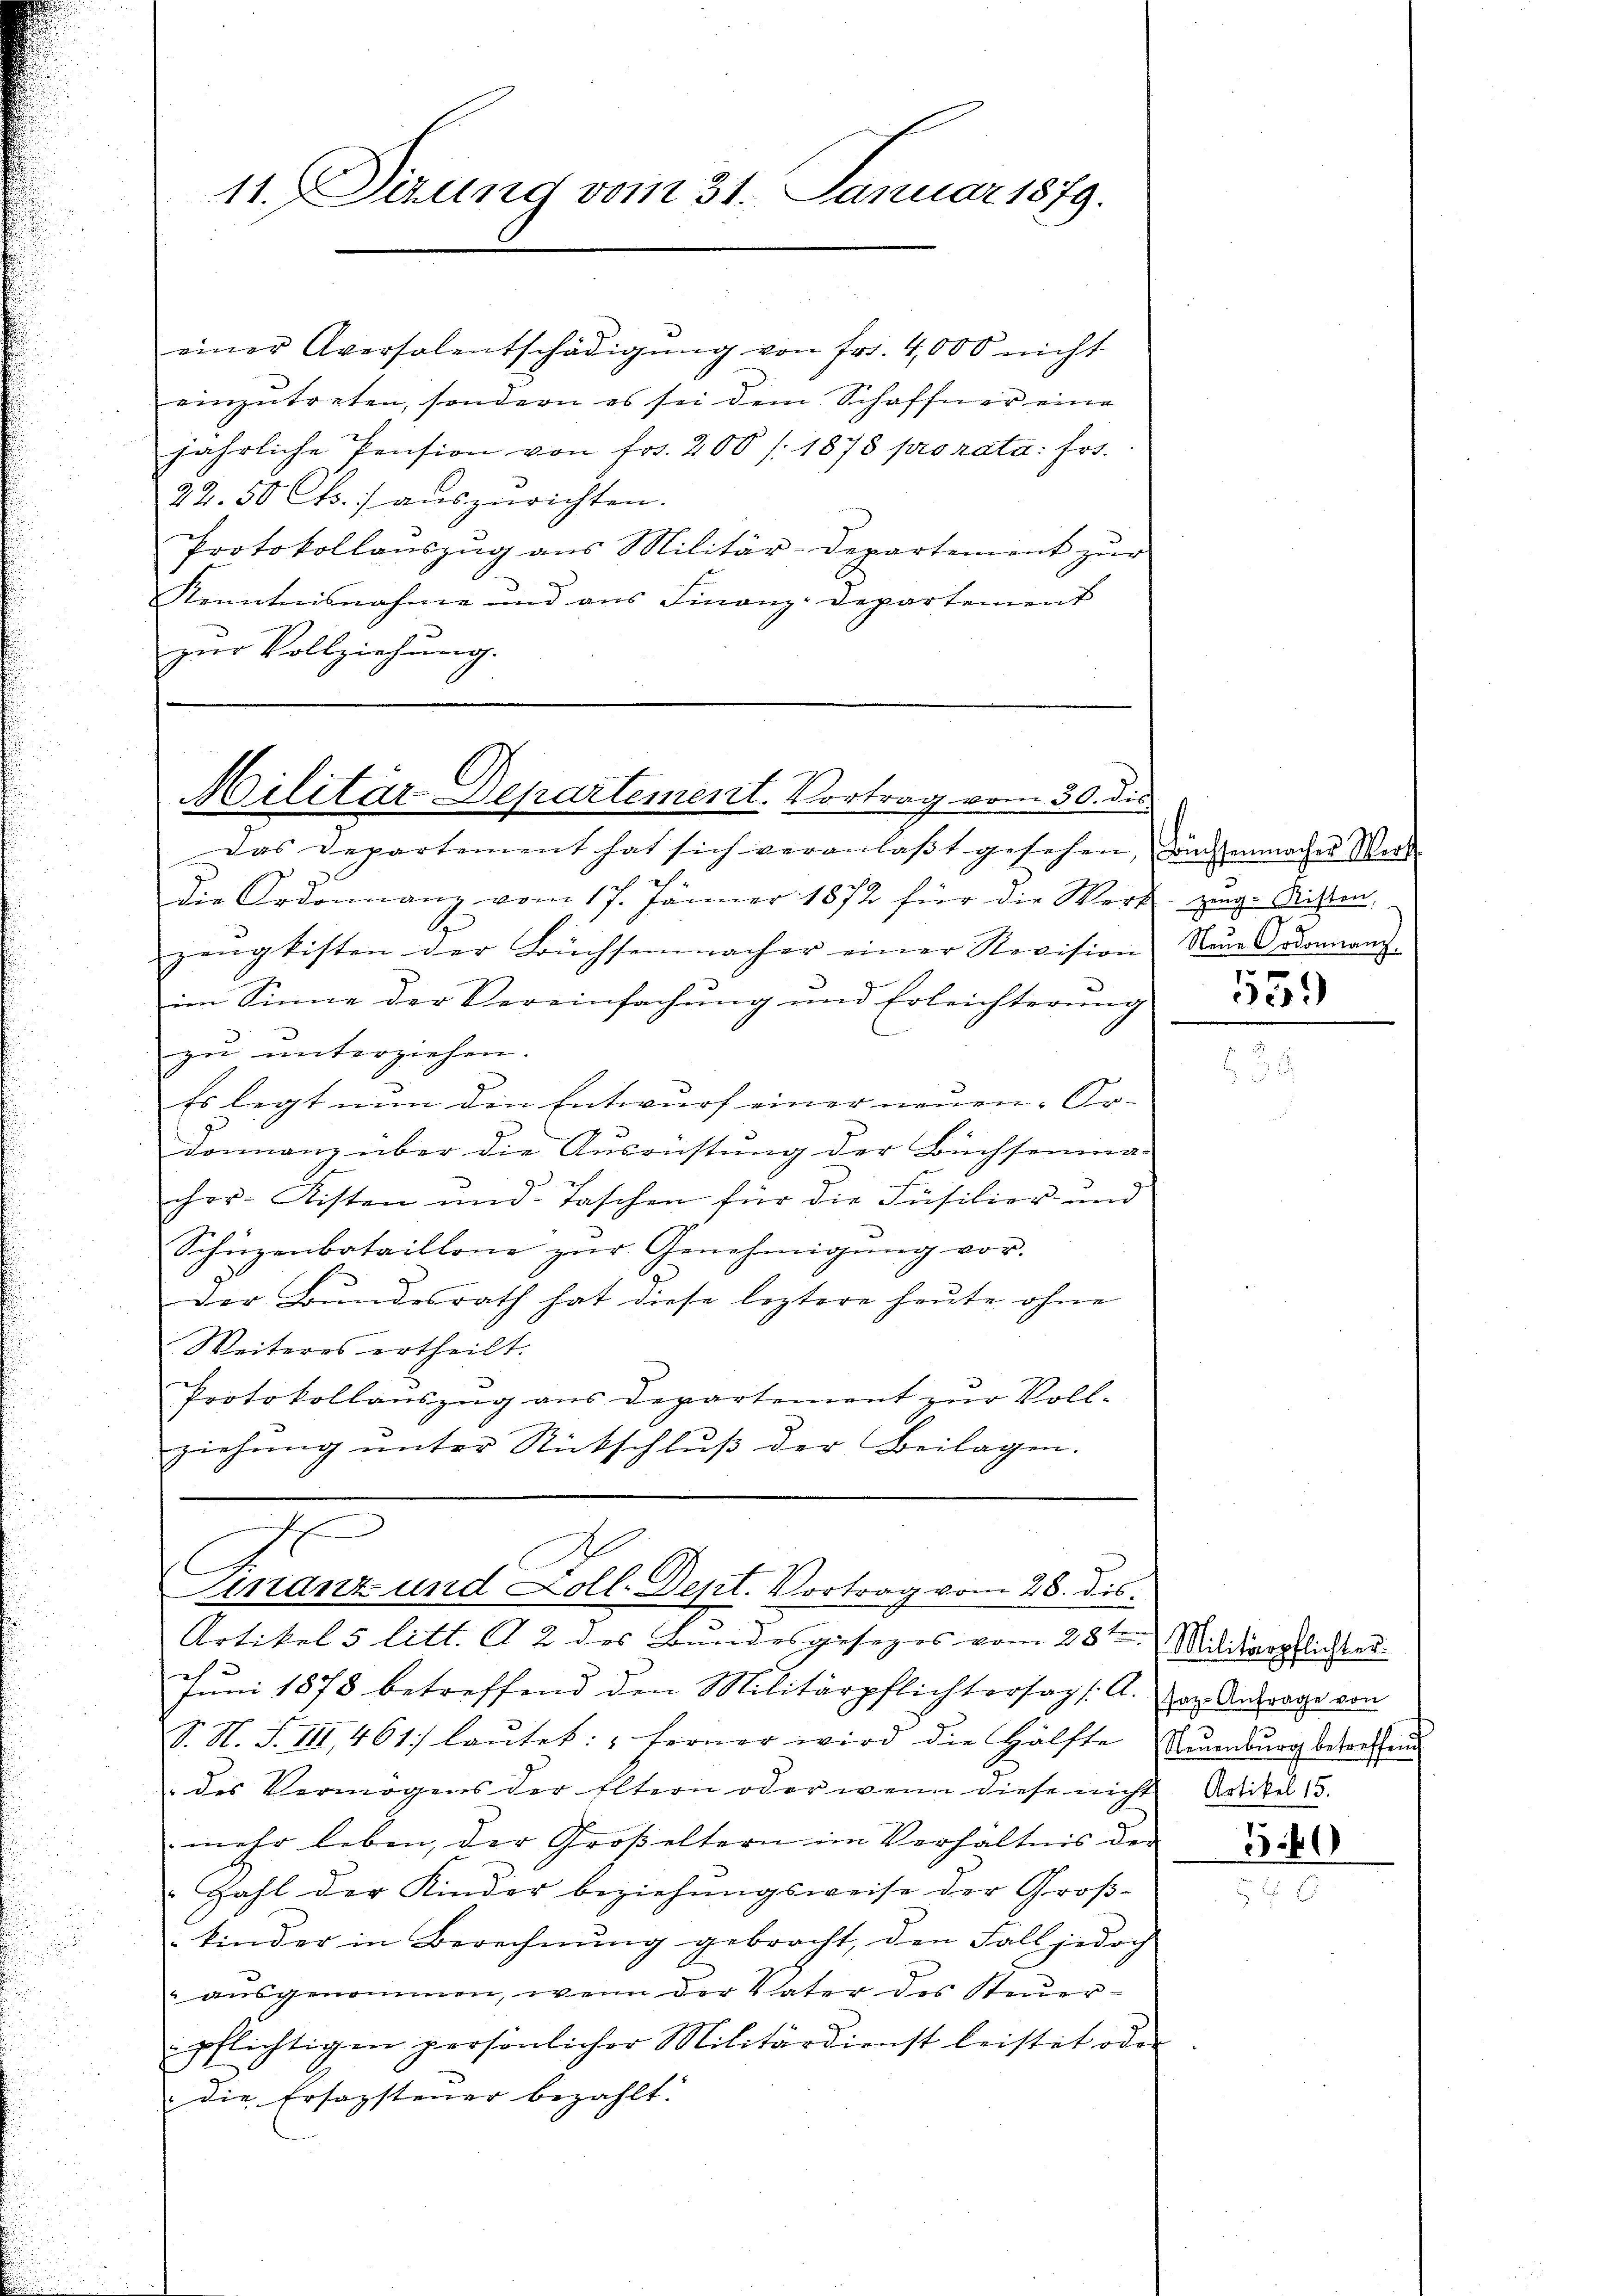
einer Aversalentschädigŭng von fr. 4,000 nicht
einzutreten, sondern es sei dem Schaffner eine
jährliche Pension von fr. 200 (1875 pro rata: frs.
22.50 Cts. aŭszurichten.
Protokollanszŭg ans Militär-Departement zŭr
Kenntnisnahme und aus Finanz-Departement
zur Vollziehung.

11. Sizung vom 31. Januar 1879.

Militar Departement. Vortrag vom 30. ds.
Das Departement hat sich veranlaβt gesehen, danstenmacher Werk

d
die Ordonnanz vom 17. Jänner 1872 für die Werk zeg. Ritten,
zengkisten der Büchsenmacher einer Revision
im Sinne der Vereinfachŭng und Erleichterŭng
zu unterziehen.
Es legt nun den Entwurf einer neuen Or-
donnanz über die Ausrüstung der Büchserma-
n
chor-Kisten und Taschen für die Füsilier und
Schüzenbataillone zŭr Genehmigŭng vor.
Der Bŭndesrath hat diese leztere heŭte ohne
Weiteres ertheilt.
Protokollauszug aus Departement zur Voll-
ziehŭng ŭnter Rückschlŭβ der Beilagen.
t
A
Einanz- und Loll. Dept. Vortrag vom 28. dis.
Artikel 5 litt. § 2 des Bundesgesezes vom 28ten Militärpflichter.
g
Juni 1878 betreffend den Militärpflichtersagt: A.
S. N. F. III 461. laŭtet: „Ferner wird die Hälfte Ernenburg betreffend
: des Vermögens der Eltern oder wenn diese nicht Artikel 13.
mehr leben, der Großeltern im Verhältnis der
Zahl der Kinder beziehungsweise der Groß-
kinder in Berechnŭng gebracht, den Fall jedoch
" ausgenommen, wenn der Vater des Steuerpflichtigen persönlicher Militärdienst leistet oder
die Ersagstener bezahlt.

Neue Ordonnanz

saz Anfrage von

5540